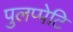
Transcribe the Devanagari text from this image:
पुलप्पेटि